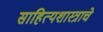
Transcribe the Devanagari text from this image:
साहित्यशास्त्राचे